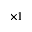
\times { 1 }